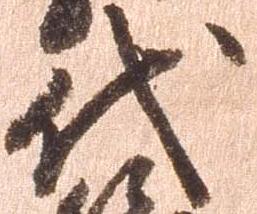
代